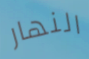
النهار